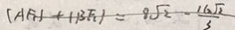
( A F _ { 1 } ) + ( B F _ { 1 } ) = 9 \sqrt { 2 } - \frac { 1 6 \sqrt { 2 } } { 3 }